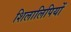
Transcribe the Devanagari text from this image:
शिलालिपियों